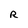
Character: R